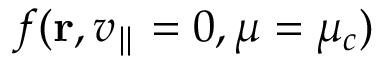
f ( \mathbf { r } , v _ { \parallel } = 0 , \mu = \mu _ { c } )